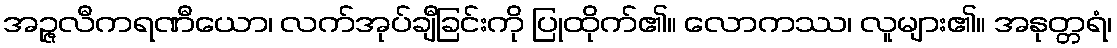
အဉ္ဇလီကရဏီယော၊ လက်အုပ်ချီခြင်းကို ပြုထိုက်၏။ လောကဿ၊ လူများ၏။ အနုတ္တရံ၊